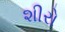
શીરો